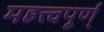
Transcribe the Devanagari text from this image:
महत्त्वपूर्ण्